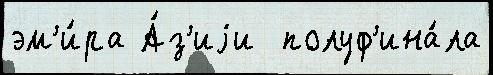
эм'и́ра А́з'иjи  полуф'ина́ла